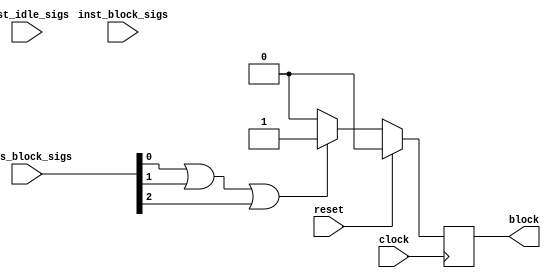
`timescale 1 ns / 1 ps

module MVAU_hls_2_hls_deadlock_idx1_monitor ( // for module MVAU_hls_2_MVAU_hls_2_inst.grp_Matrix_Vector_Activate_Stream_Batch_fu_36
    input wire clock,
    input wire reset,
    input wire [2:0] axis_block_sigs,
    input wire [1:0] inst_idle_sigs,
    input wire [0:0] inst_block_sigs,
    output wire block
);

// signal declare
reg monitor_find_block;
wire sub_parallel_block;
wire all_sub_parallel_has_block;
wire all_sub_single_has_block;
wire cur_axis_has_block;
wire seq_is_axis_block;

assign block = monitor_find_block;
assign all_sub_parallel_has_block = 1'b0;
assign all_sub_single_has_block = 1'b0;
assign cur_axis_has_block = 1'b0 | axis_block_sigs[0] | axis_block_sigs[1] | axis_block_sigs[2];
assign seq_is_axis_block = all_sub_parallel_has_block | all_sub_single_has_block | cur_axis_has_block;

always @(posedge clock) begin
    if (reset == 1'b1)
        monitor_find_block <= 1'b0;
    else if (seq_is_axis_block == 1'b1)
        monitor_find_block <= 1'b1;
    else
        monitor_find_block <= 1'b0;
end


// instant sub module
endmodule